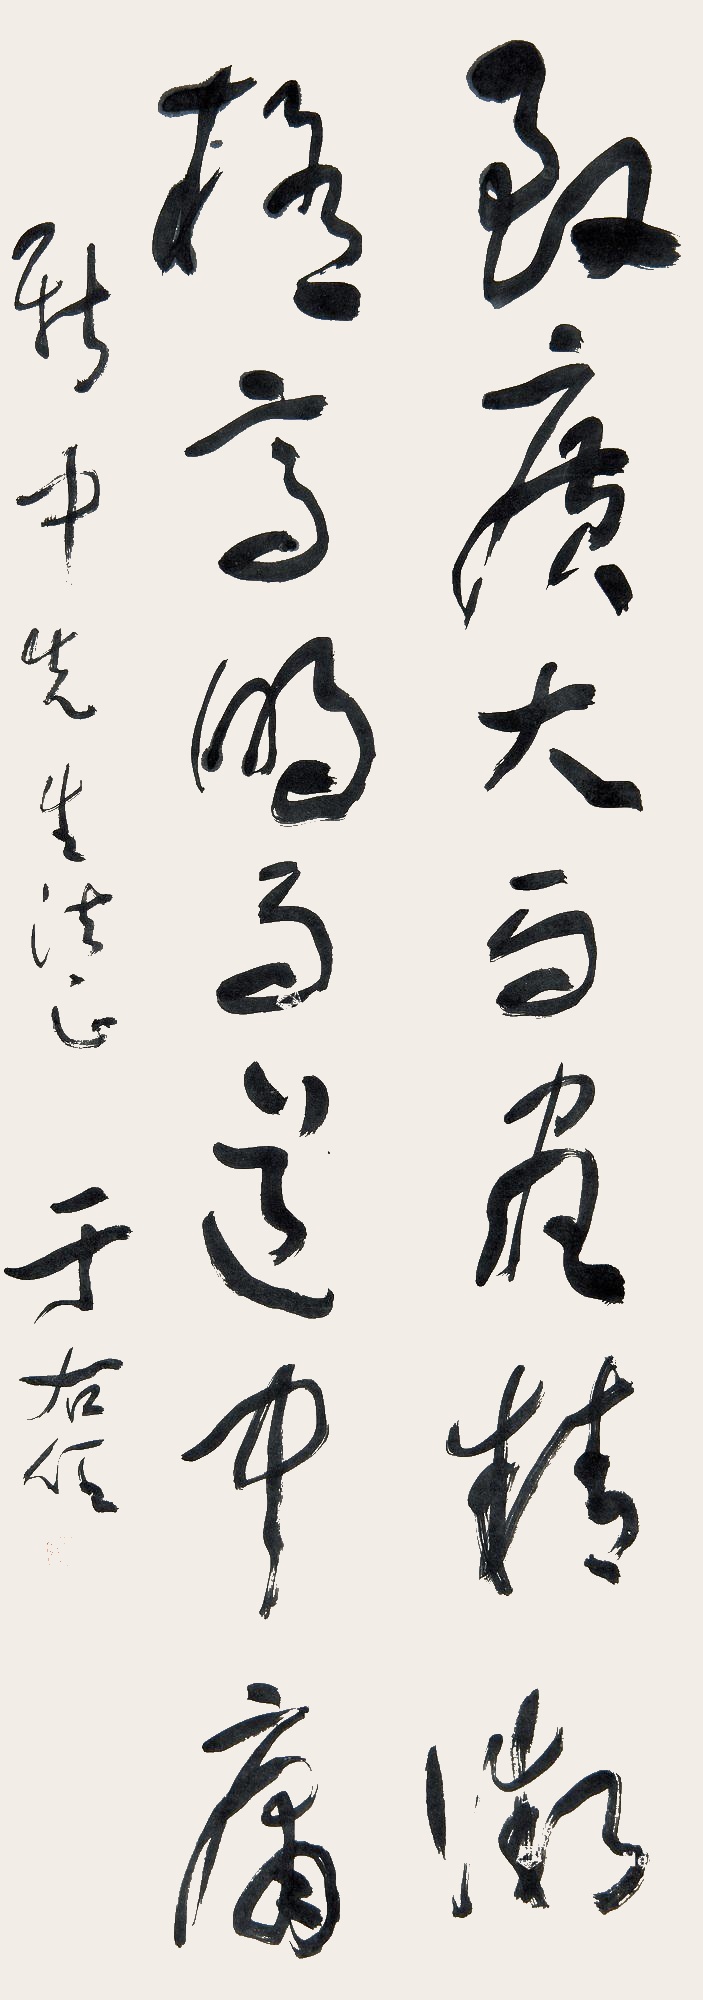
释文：致广大而尽精微，极高明而道中庸。新中先生法正，于右任。